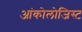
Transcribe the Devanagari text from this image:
आंकोलोजिस्ट